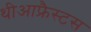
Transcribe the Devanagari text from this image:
थीआफ्रैस्टस